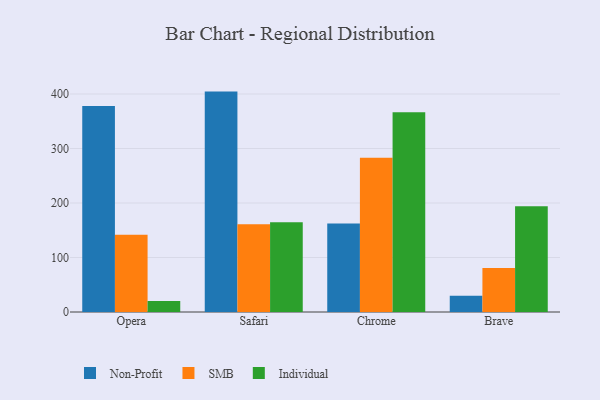
{"axis": {"x": "Browser", "y": "Page Views"}, "legend": ["Individual", "Non-Profit", "SMB"], "data": [{"x": "Opera", "y": 377.8, "type": "Non-Profit"}, {"x": "Opera", "y": 141.8, "type": "SMB"}, {"x": "Opera", "y": 20.2, "type": "Individual"}, {"x": "Safari", "y": 404.4, "type": "Non-Profit"}, {"x": "Safari", "y": 160.8, "type": "SMB"}, {"x": "Safari", "y": 164.5, "type": "Individual"}, {"x": "Chrome", "y": 162.5, "type": "Non-Profit"}, {"x": "Chrome", "y": 283.0, "type": "SMB"}, {"x": "Chrome", "y": 366.7, "type": "Individual"}, {"x": "Brave", "y": 30.0, "type": "Non-Profit"}, {"x": "Brave", "y": 80.8, "type": "SMB"}, {"x": "Brave", "y": 194.1, "type": "Individual"}]}